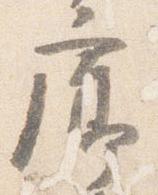
廊